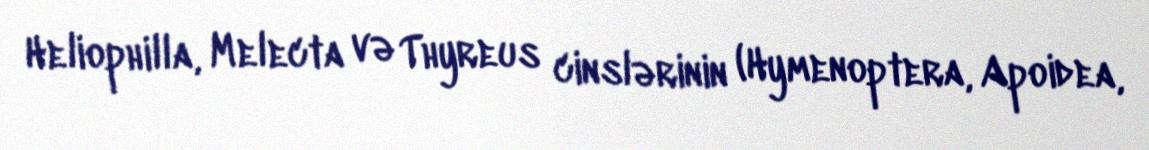
Heliophilla, Melecta və Thyreus cinslərinin (Hymenoptera, Apoidea,